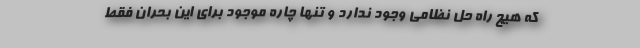
که هیچ راه حل نظامی وجود ندارد و تنها چاره موجود برای این بحران فقط